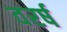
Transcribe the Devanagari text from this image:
वरर्ष